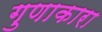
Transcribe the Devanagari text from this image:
गुणाकारा